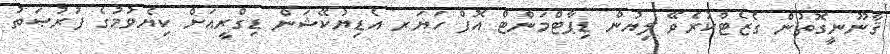
ޤާނޫނީގޮތުން ގެޒެޓްކުރެވޭ ލިޔުން ޑިޕާޓްމަންޓް އޮފް ހަޔަރ އެޑިޔުކޭޝަން ޑިގްރީއަށް ކިޔެވުމުގެ ފުރުޞަތު